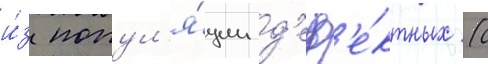
и́з попул'я́ции д'еф'е́ктных (с